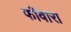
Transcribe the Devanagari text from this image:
फौवारा